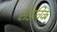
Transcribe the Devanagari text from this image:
सेडविक